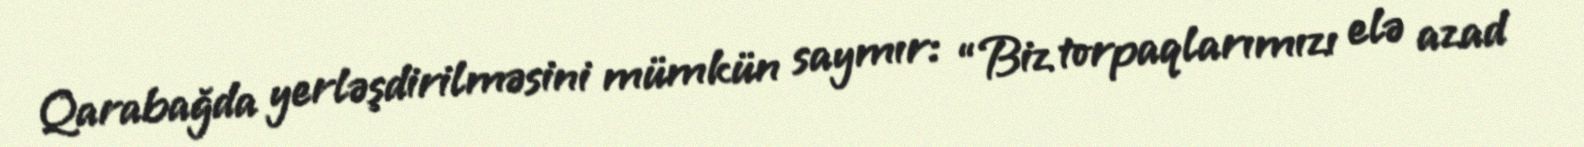
Qarabağda yerləşdirilməsini mümkün saymır: “Biz torpaqlarımızı elə azad